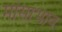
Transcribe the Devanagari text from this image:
मांसाभाव